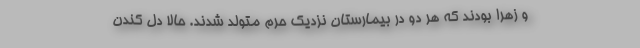
و زهرا بودند که هر دو در بیمارستان نزدیک حرم متولد شدند. حالا دل کندن